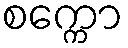
စက္ကော